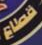
قطاع